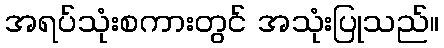
အရပ်သုံးစကားတွင် အသုံးပြုသည်။